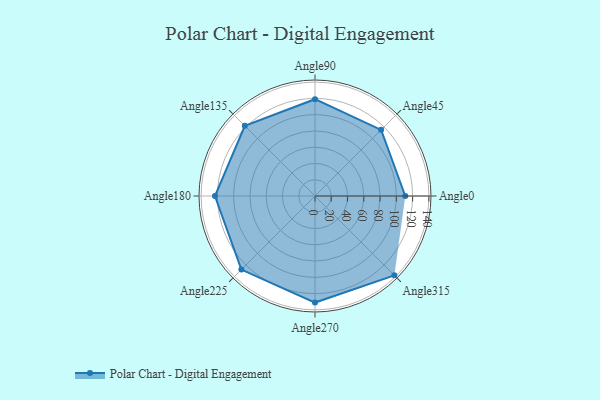
{"axis": {"x": "Angle", "y": "Radius"}, "legend": [""], "data": [{"x": "Angle0", "y": 111.0, "type": ""}, {"x": "Angle45", "y": 115.0, "type": ""}, {"x": "Angle90", "y": 119.0, "type": ""}, {"x": "Angle135", "y": 122.0, "type": ""}, {"x": "Angle180", "y": 123.0, "type": ""}, {"x": "Angle225", "y": 128.0, "type": ""}, {"x": "Angle270", "y": 131.0, "type": ""}, {"x": "Angle315", "y": 138.0, "type": ""}]}